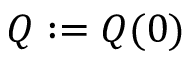
Q : = Q ( 0 )